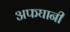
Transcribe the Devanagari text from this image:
अफघानी